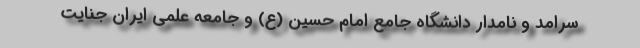
سرامد و نامدار دانشگاه جامع امام حسین (ع) و جامعه علمی ایران جنایت